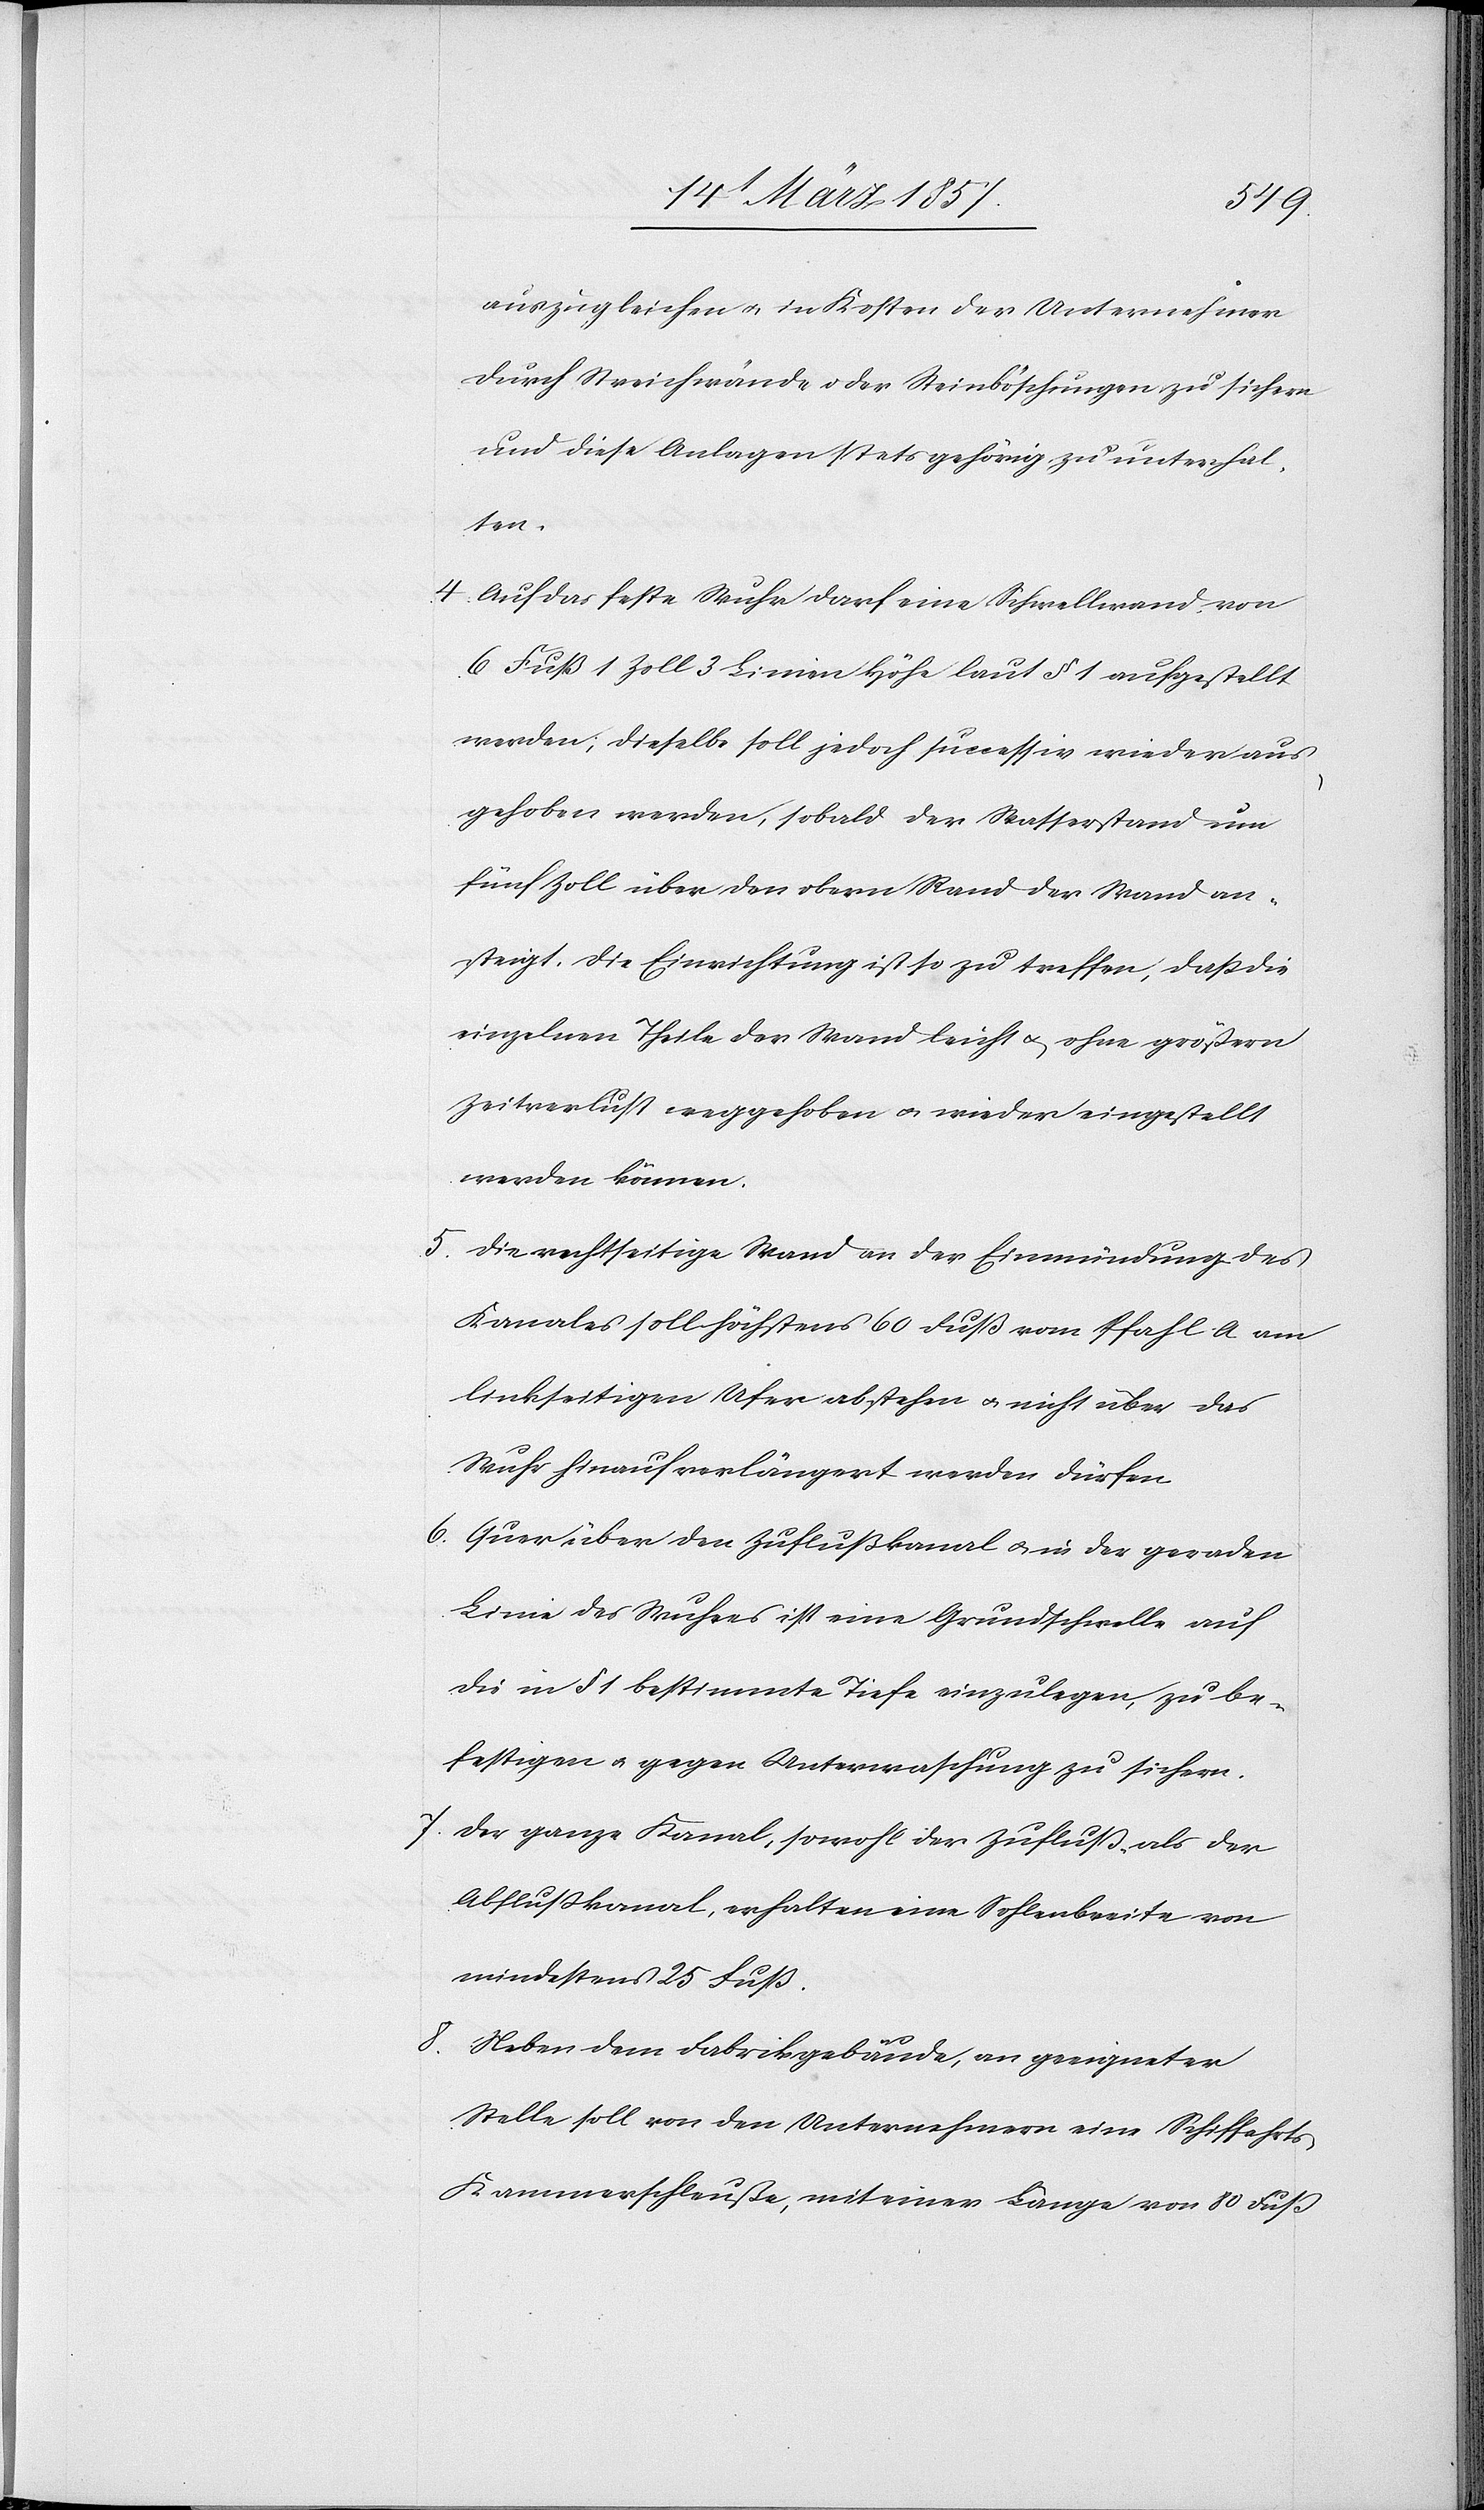
auszugleichen u. in Kosten der Unternehmer
durch Streichwände oder Steinböschungen zu sichern
und diese Anlagen stets gehörig zu unterhal¬
ten.
4. Auf das feste Wuhr darf eine Schwellwand von
6 Fuß 1 Zoll 3 Linien Höhe laut § 1 aufgestellt
werden; dieselbe soll jedoch successiv wieder aus¬
gehoben werden, sobald der Wasserstand um
fünf Zoll über den obern Rand der Wand an¬
steigt. Die Einrichtung ist so zu treffen, daß die
einzelnen Theile der Wand leicht u. ohne größern
Zeitverlust weggehoben u. wieder eingestellt
werden können.
5. Die rechtseitige Wand an der Einmündung des
Kanales soll höchstens 60 Fuß vom Pfahl A am
linkseitigen Ufer abstehen u. nicht über das
Wuhr hinauf verlängert werden dürfen.
6. Quer über den Zuflußkanal u. in der geraden
Linie des Wuhres ist eine Grundschwelle auf
die in § 1 bestimmte Tiefe einzulegen, zu be¬
festigen u. gegen Unterwaschung zu sichern.
7. Der ganze Kanal, sowohl der Zufluß- als der
Abflußkanal, erhalten eine Sohlenbreite von
mindestens 25 Fuß.
8. Neben dem Fabrikgebäude, an geeigneter
Stelle soll von den Unternehmern eine Schiffahrt¬
s-Kammerschleuße, mit einer Länge von 80 Fuß